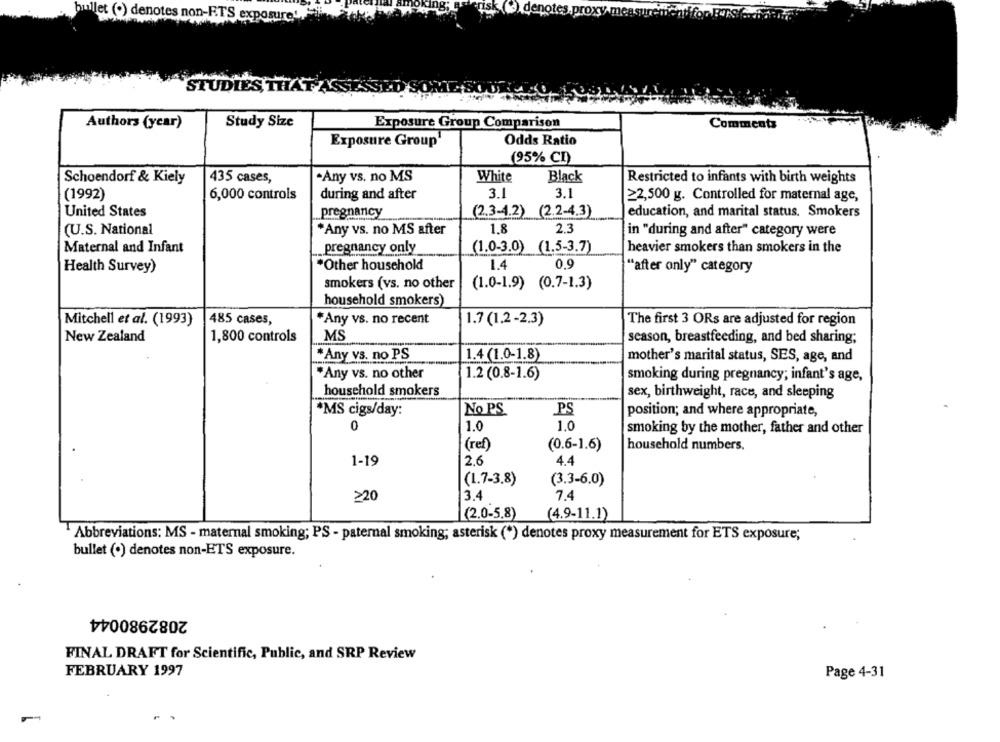
bullet (+) denotes non-RTS exposure',
STUDIES, THATAS
Authors (year)
Study Size
Exposure Group Comparison
Comments
Odds Ratio
Exposure Group'
(95% CI)
Schoendorf & Kiely
435 cases,
-Any vs. no MS
White
Black
Restricted to infants with birth weights
3.1
3.1
(1992)
6,000 controls
during and after
≥2,500 g. Controlled for maternal age,
United States
pregnancy
(2.3-4.2) (2.2-4.3)
education, and marital status. Smokers
(U.S. National
*Any vs. no MS after
1.8
2.3
in "during and after" category were
Maternal and Infant
pregnancy only
(1.0-3.0) (1.5-3.7)
heavier smokers than smokers in the
*Other household
1.4
0.9
Health Survey)
"after only" category
smokers (vs. no other
(1.0-1.9) (0.7-1.3)
household smokers)
485 cases,
*Any vs. no recent
Mitchell et al. (1993)
1.7 (1.2-2.3)
The first 3 ORs are adjusted for region
New Zealand
1,800 controls
MS
season, breastfeeding, and bed sharing;
*Any vs. no PS
1.4 (1.0-1.8)
mother's marital status, SES, age, and
*Any vs. no other
1.2 (0.8-1.6)
smoking during pregnancy; infant's age,
household smokers
sex, birthweight, race, and sleeping
*MS cigs/day:
No PS
PS
position; and where appropriate,
0
1.0
1.0
smoking by the mother, father and other
(ref)
(0.6-1.6)
household numbers.
2.6
1-19
4.4
(1.7-3.8)
(3.3-6.0)
≥20
3.4
7.4
(2.0-5.8)
(4.9-11.1)
Abbreviations: MS - maternal smoking; PS - paternal smoking; asterisk (*) denotes proxy measurement for ETS exposure;
bullet (·) denotes non-ETS exposure.
2082980044
FINAL DRAFT for Scientific, Public, and SRP Review
FEBRUARY 1997
Page 4-31